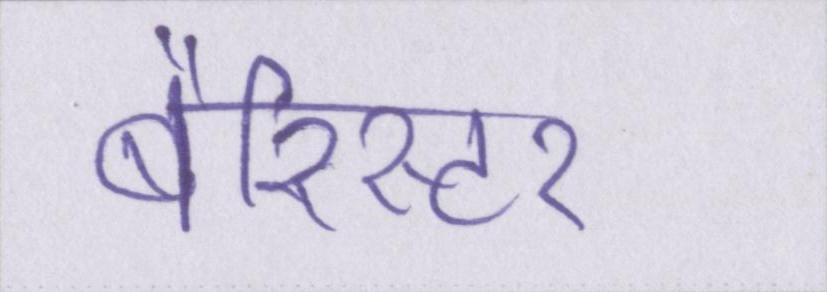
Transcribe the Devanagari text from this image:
बैरिस्टर